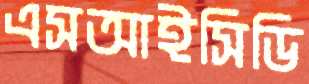
এসআইসিডি